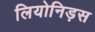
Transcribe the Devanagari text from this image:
लियोनिड़स